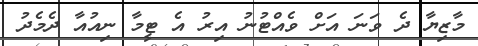
މާޒިޔާ ދެ ވަނަ އަށް ވެއްޓުނު އިރު އެ ޓީމާ ނިއުއާ ދެމެދު